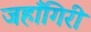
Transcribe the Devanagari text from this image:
जहाँगिरी